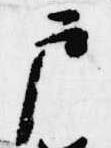
戸